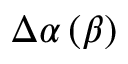
\Delta \alpha \left( \beta \right)